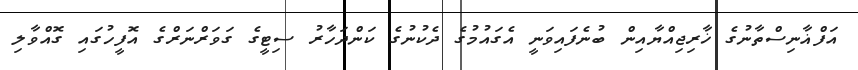
އަފްޣާނިސްތާނުގެ ޚާރިޖިއްޔާއިން ބުނެފައިވަނީ އެގައުމުގެ ދެކުނުގެ ކަންދަހާރު ސިޓީގެ ގަވަރްނަރްގެ އޮފީހުގައި ގޮއްވާލި